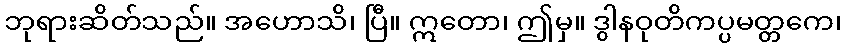
ဘုရားဆိတ်သည်။ အဟောသိ၊ ပြီ။ ဣတော၊ ဤမှ။ ဒွါနဝုတိကပ္ပမတ္တကေ၊